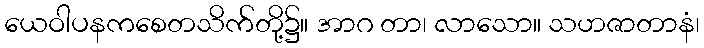
ယေဝါပနကစေတသိက်တို့၌။ အာဂ တာ၊ လာသော။ သဟဇာတာနံ၊